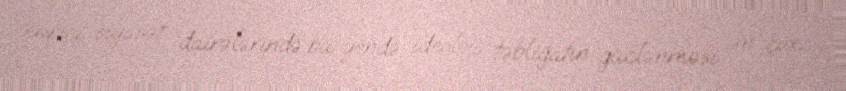
xarici siyasət dairələrində bu yöndə ideoloji təbliğatın güclənməsi ən çox